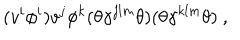
( v ^ { i } \phi ^ { i } ) v ^ { j } \phi ^ { k } ( \theta \gamma ^ { j l m } \theta ) ( \theta \gamma ^ { k l m } \theta ) ~ ,